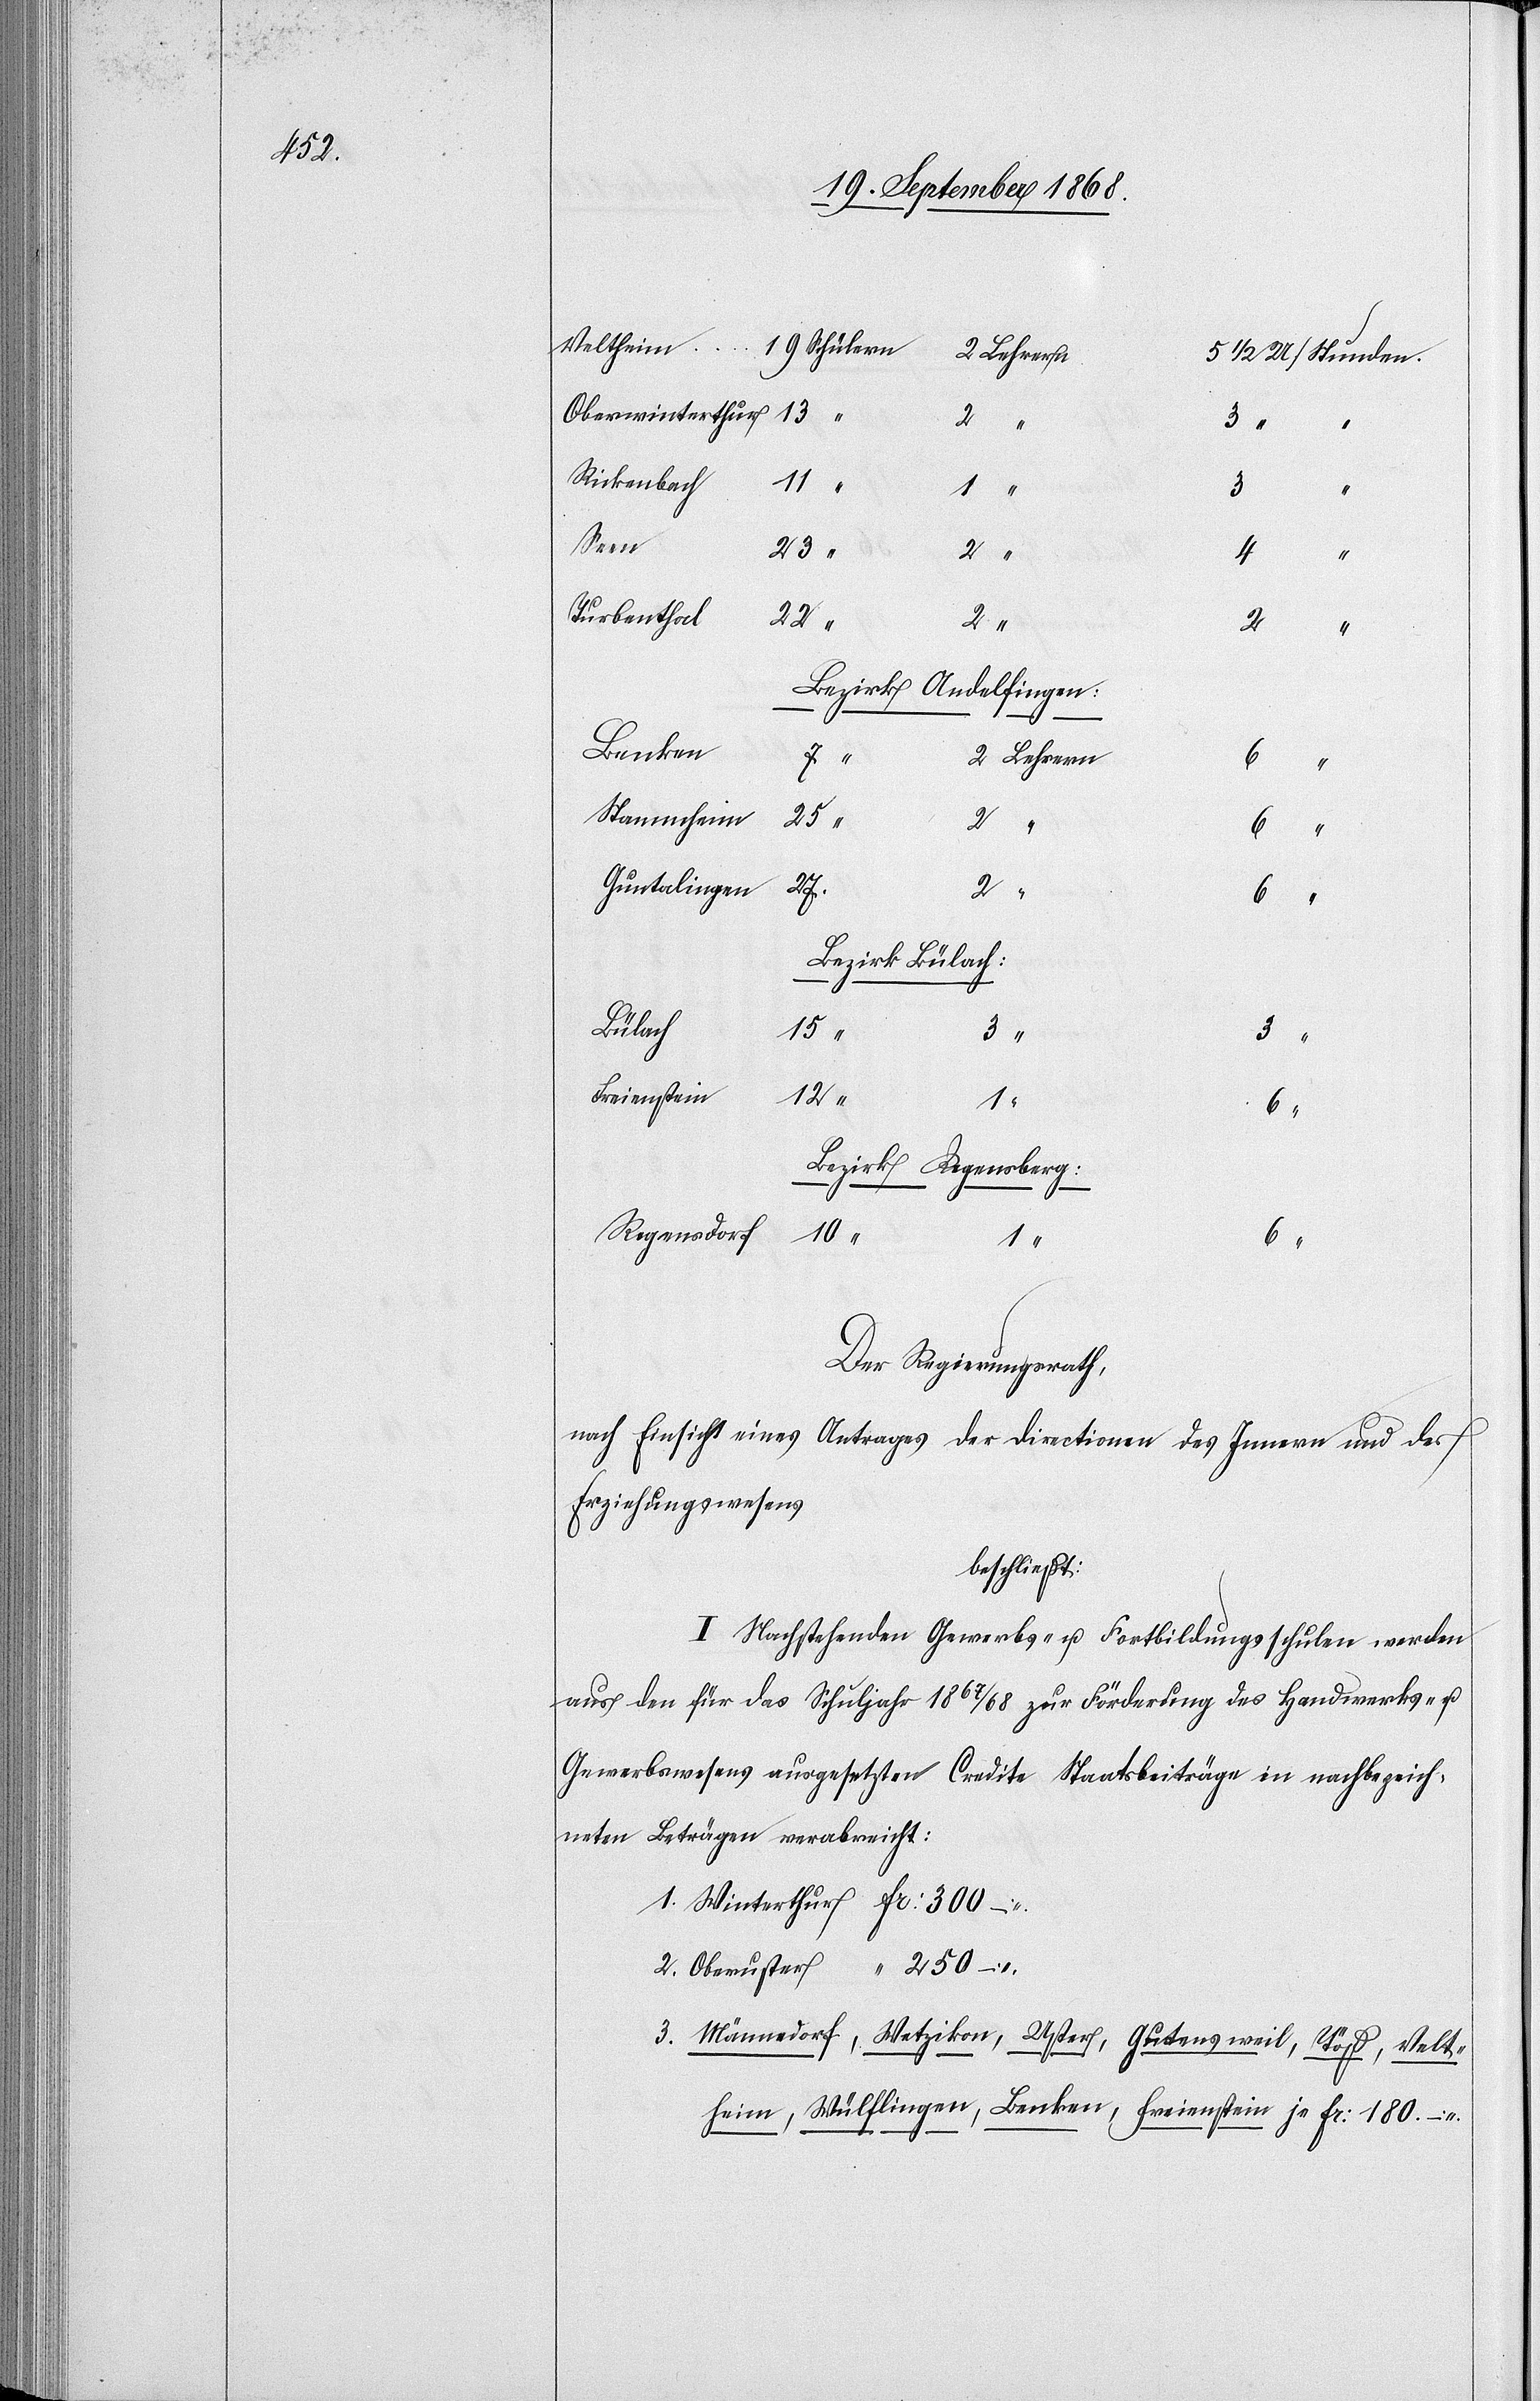
[Schülern]
5 1/2 U/Stunden.
Oberwinterthur
Schülern
Rickenbach
1.
6 “
1 “
3
Seen
“
4 “
Turbenthal
22
2 “
2
“
Bezirk Andelfingen:
Benken
2 Lehrern
6
“
Stammheim
25
2 “
6
“
Guntalingen
2.
6 “
Bezirk Bülach:
Bülach
15
3 “
3 “
Freienstein
Bezirk Regensberg:
Regensdorf
10
12
Der Regierungsrath,
nach Einsicht eines Antrages der Directionen des Innern und des
Erziehungswesens
beschließt:
I. Nachstehenden Gewerbs- u. Fortbildungsschulen werden
aus den für das Schuljahr 1867/68 zur Förderung des Handwerks- u.
Gewerbswesens ausgesetzten Credite Staatsbeiträge in nachbezeich¬
neten Beträgen verabreicht:
Winterthur Fr: 300 –
Oberuster “ 250 –
3.
Männedorf, Wetzikon, Uster, Gutensweil, Töß, Velt¬
heim, Wülflingen, Benken, Freienstein je Fr: 180. –